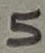
Text: 5